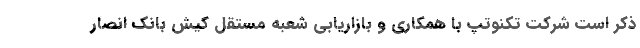
ذکر است شرکت تکنوتپ با همکاری و بازاریابی شعبه مستقل کیش بانک انصار